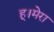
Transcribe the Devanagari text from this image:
हू।मेरा